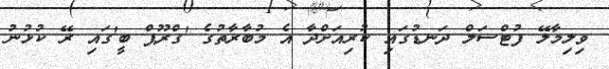
ވިލިމާލޭ ފުޓްސަލް ދަނޑުގައި ކުރިއަށްދާ އެ މުބާރާތުގެ 'ގްރޫޕް ބީ'ގައި ރޭ ކުޅުނު